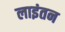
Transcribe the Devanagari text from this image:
लाइंतन